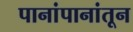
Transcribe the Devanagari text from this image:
पानांपानांतून